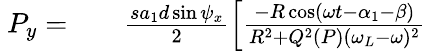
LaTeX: \begin{array}{rlr}{~P_{y}=}&{{}}&{\frac{sa_{1}d\sin\psi_{x}}{2}\left[\frac{-R\cos(\omega t-\alpha_{1}-\beta)}{R^{2}+Q^{2}(P)(\omega_{L}-\omega)^{2}}\right.}\end{array}